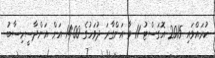
ކުރައްވައި 2015 އޮގަސްޓު 11 ވާ އަންގާރަ ދުވަހުގެ 14:00 އަށް އަންދާސީހިސާބު